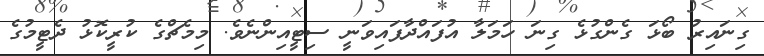
ގިނައިރު ބޯޅަ ގެންގުޅެ ގިނަ ހަމަލާ އުފައްދާފައިވަނީ ސިޓީއިންނެވެ. މިމެޗްގެ ކުރީކޮޅު ދެޓީމުގެ